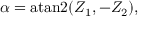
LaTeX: \alpha = \operatorname { a t a n 2 } ( Z _ { 1 } , - Z _ { 2 } ) ,